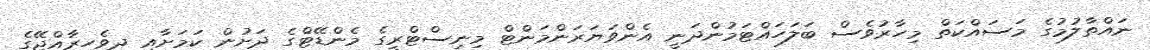
ނައްތާލުމުގެ މަސައްކަތް މިހާރުވެސް ބަލަހައްޓަމުންދަނީ އެންވަޔަރަންމަންޓް މިނިސްޓްރީގެ މެންޑޭޓްގެ ދަށުން ކަމަށާއި ދިވެހިރާއްޖޭގެ